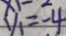
y _ { 1 } = - 4